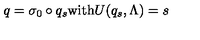
q = \sigma _ { 0 } \circ q _ { s } \mathrm { w i t h } U ( q _ { s } , \Lambda ) = s